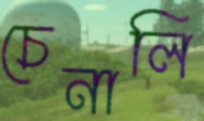
চেনালি